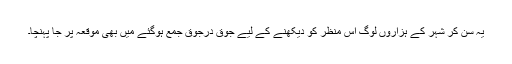
یہ سن کر شہر کے ہزاروں لوگ اس منظر کو دیکھنے کے لیے جوق درجوق جمع ہوگئے میں بھی موقعہ پر جا پہنچا۔